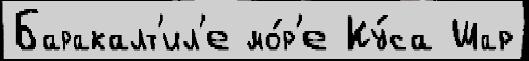
Баракалт'ил'е мо́р'е Ку́са Шар